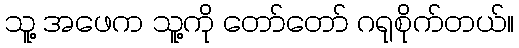
သူ့ အဖေက သူ့ကို တော်တော် ဂရုစိုက်တယ်။